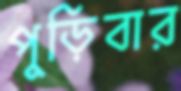
পুড়িবার